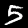
Label: 5